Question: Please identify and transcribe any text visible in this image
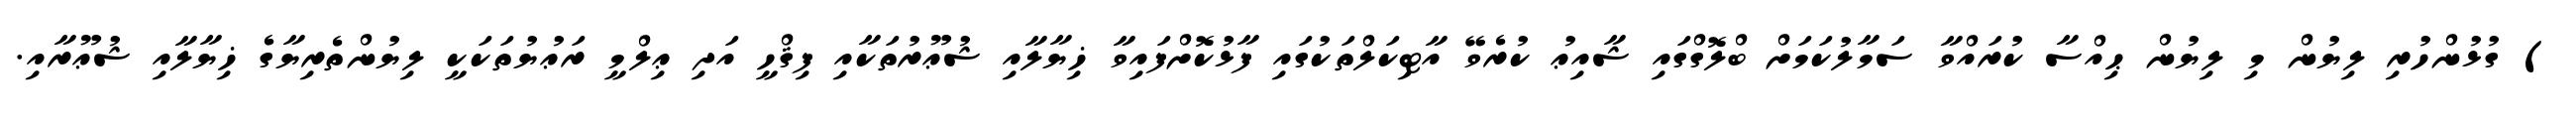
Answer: ) ގުޅުންހުރި ލިޔުން މި ލިޔުން ޙިއްސާ ކުރައްވާ ސަމާލުކަމަށް ބްލޮގްގައި ޝާއިޢު ކުރެވޭ އާޓިކަލްތަކުގައި ފާޅުކޮށްފައިވާ ޚިޔާލާއި ޝުޢޫރުތަކާއި ފިޤްހީ އަދި ޢިލްމީ ރަޢުޔުތަކަކީ ލިޔުންތެރިޔާގެ ޚިޔާލާއި ޝުޢޫރާއި.